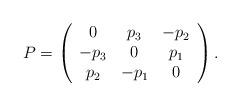
LaTeX: \begin{align*}P = \left( {\begin{array}{*{20}c} 0 & {p_3 } & { - p_2 } \\ { - p_3 } & 0 & {p_1 } \\ {p_2 } & { - p_1 } & 0 \\ \end{array} } \right).\end{align*}